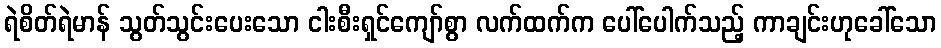
ရဲစိတ်ရဲမာန် သွတ်သွင်းပေးသော ငါးစီးရှင်ကျော်စွာ လက်ထက်က ပေါ်ပေါက်သည့် ကာချင်းဟုခေါ်သော